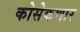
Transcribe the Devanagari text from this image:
कोसेकणार